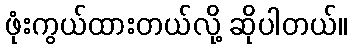
ဖုံးကွယ်ထားတယ်လို့ ဆိုပါတယ်။